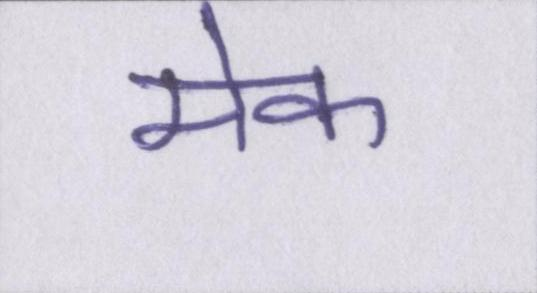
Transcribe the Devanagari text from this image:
मेक